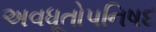
અવધૂતોપનિષદ